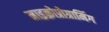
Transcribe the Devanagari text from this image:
माइक्रोप्रोग्रामिंग